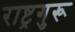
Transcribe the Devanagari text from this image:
राष्ट्रगुरू